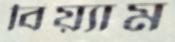
বিয়্যাম